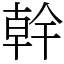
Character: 幹